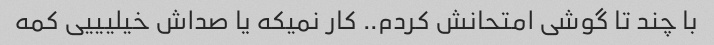
با چند تا گوشی امتحانش کردم.. کار نمیکه یا صداش خیلیییی کمه